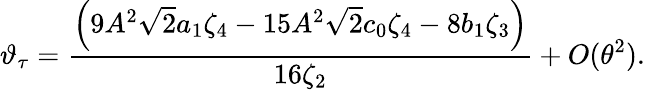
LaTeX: \vartheta_{\tau}=\frac{\left(9A^{2}\sqrt{2}a_{1}\zeta_{4}-15A^{2}\sqrt{2}c_{0}\zeta_{4}-8b_{1}\zeta_{3}\right)}{16\zeta_{2}}+O(\theta^{2}).